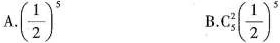
A.( \frac{1}{2})^{5} B.C_{5}^{2}( \frac{1}{2})^{5}